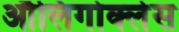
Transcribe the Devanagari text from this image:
औलिगोक्लेस